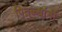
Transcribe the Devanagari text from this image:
पितळ्यांनी